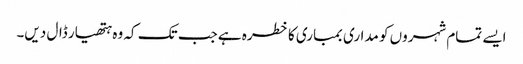
ایسے تمام شہروں کو مداری بمباری کا خطرہ ہے جب تک کہ وہ ہتھیار ڈال دیں۔